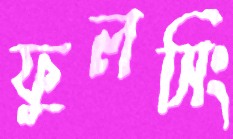
ফুলসিং